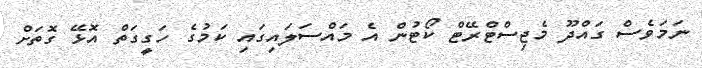
ނަމަވެސް ގައްދޫ މެޖިސްޓްރޭޓް ކޯޓުން އެ މައްސަލައިގައި ކަމުގެ ހަގީގަތް އޮޅޭ ގޮތަށް